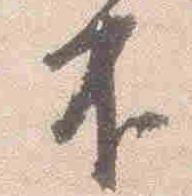
不